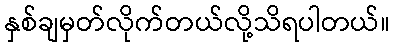
နှစ်ချမှတ်လိုက်တယ်လို့သိရပါတယ်။